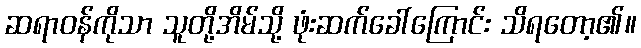
ဆရာဝန်ကိုသာ သူတို့အိမ်သို့ ဖုံးဆက်ခေါ်ကြောင်း သိရတော့၏။